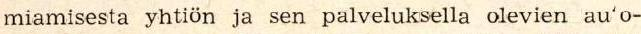
miamisesta yhtiön ja sen palveluksella olevien au'o-